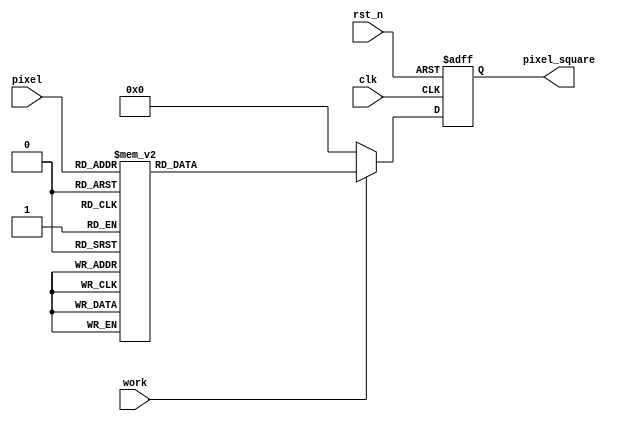
module square_LUT(rst_n,
				  clk,
				  work,
				  pixel,
				  pixel_square
					);
					
input        rst_n,clk    ;
input        work         ;
input  [7:0] pixel        ;
output [15:0] pixel_square;

reg    [15:0] pixel_square;

always @(posedge clk or negedge rst_n) begin
	if(!rst_n) begin
		pixel_square <= 16'd0;
	end
	else if(work) begin
		case(pixel)
			8'd0  : pixel_square <= 16'd0;
			8'd1  : pixel_square <= 16'd1;
			8'd2  : pixel_square <= 16'd4;
			8'd3  : pixel_square <= 16'd9;
			8'd4  : pixel_square <= 16'd16;
			8'd5  : pixel_square <= 16'd25;
			8'd6  : pixel_square <= 16'd36;
			8'd7  : pixel_square <= 16'd49;
			8'd8  : pixel_square <= 16'd64;
			8'd9  : pixel_square <= 16'd81;
			8'd10 : pixel_square <= 16'd100;
			8'd11 : pixel_square <= 16'd121;
			8'd12 : pixel_square <= 16'd144;
			8'd13 : pixel_square <= 16'd169;
			8'd14 : pixel_square <= 16'd196;
			8'd15 : pixel_square <= 16'd225;
			8'd16 : pixel_square <= 16'd256;
			8'd17 : pixel_square <= 16'd289;
			8'd18 : pixel_square <= 16'd324;
			8'd19 : pixel_square <= 16'd361;
			8'd20 : pixel_square <= 16'd400;
			8'd21 : pixel_square <= 16'd441;
			8'd22 : pixel_square <= 16'd484;
			8'd23 : pixel_square <= 16'd529;
			8'd24 : pixel_square <= 16'd576;
			8'd25 : pixel_square <= 16'd625;
			8'd26 : pixel_square <= 16'd676;
			8'd27 : pixel_square <= 16'd729;
			8'd28 : pixel_square <= 16'd784;
			8'd29 : pixel_square <= 16'd841;
			8'd30 : pixel_square <= 16'd900;
			8'd31 : pixel_square <= 16'd961;
			8'd32 : pixel_square <= 16'd1024 ;
			8'd33 : pixel_square <= 16'd1089 ;
			8'd34 : pixel_square <= 16'd1156 ;
			8'd35 : pixel_square <= 16'd1225 ;
			8'd36 : pixel_square <= 16'd1296 ;
			8'd37 : pixel_square <= 16'd1369 ;
			8'd38 : pixel_square <= 16'd1444 ;
			8'd39 : pixel_square <= 16'd1521 ;
			8'd40 : pixel_square <= 16'd1600 ;
			8'd41 : pixel_square <= 16'd1681 ;
			8'd42 : pixel_square <= 16'd1764 ;
			8'd43 : pixel_square <= 16'd1849 ;
			8'd44 : pixel_square <= 16'd1936 ;
			8'd45 : pixel_square <= 16'd2025 ;
			8'd46 : pixel_square <= 16'd2116 ;
			8'd47 : pixel_square <= 16'd2209 ;
			8'd48 : pixel_square <= 16'd2304 ;
			8'd49 : pixel_square <= 16'd2401 ;
			8'd50 : pixel_square <= 16'd2500 ;
			8'd51 : pixel_square <= 16'd2601 ;
			8'd52 : pixel_square <= 16'd2704 ;
			8'd53 : pixel_square <= 16'd2809 ;
			8'd54 : pixel_square <= 16'd2916 ;
			8'd55 : pixel_square <= 16'd3025 ;
			8'd56 : pixel_square <= 16'd3136 ;
			8'd57 : pixel_square <= 16'd3249 ;
			8'd58 : pixel_square <= 16'd3364 ;
			8'd59 : pixel_square <= 16'd3481 ;
			8'd60 : pixel_square <= 16'd3600 ;
			8'd61 : pixel_square <= 16'd3721 ;
			8'd62 : pixel_square <= 16'd3844 ;
			8'd63 : pixel_square <= 16'd3969 ;
			8'd64 : pixel_square <= 16'd4096 ;
			8'd65 : pixel_square <= 16'd4225 ;
			8'd66 : pixel_square <= 16'd4356 ;
			8'd67 : pixel_square <= 16'd4489 ;
			8'd68 : pixel_square <= 16'd4624 ;
			8'd69 : pixel_square <= 16'd4761 ;
			8'd70 : pixel_square <= 16'd4900 ;
			8'd71 : pixel_square <= 16'd5041 ;
			8'd72 : pixel_square <= 16'd5184 ;
			8'd73 : pixel_square <= 16'd5329 ;
			8'd74 : pixel_square <= 16'd5476 ;
			8'd75 : pixel_square <= 16'd5625 ;
			8'd76 : pixel_square <= 16'd5776 ;
			8'd77 : pixel_square <= 16'd5929 ;
			8'd78 : pixel_square <= 16'd6084 ;
			8'd79 : pixel_square <= 16'd6241 ;
			8'd80 : pixel_square <= 16'd6400 ;
			8'd81 : pixel_square <= 16'd6561 ;
			8'd82 : pixel_square <= 16'd6724 ;
			8'd83 : pixel_square <= 16'd6889 ;
			8'd84 : pixel_square <= 16'd7056 ;
			8'd85 : pixel_square <= 16'd7225 ;
			8'd86 : pixel_square <= 16'd7396 ;
			8'd87 : pixel_square <= 16'd7569 ;
			8'd88 : pixel_square <= 16'd7744 ;
			8'd89 : pixel_square <= 16'd7921 ;
			8'd90 : pixel_square <= 16'd8100 ;
			8'd91 : pixel_square <= 16'd8281 ;
			8'd92 : pixel_square <= 16'd8464 ;
			8'd93 : pixel_square <= 16'd8649 ;
			8'd94 : pixel_square <= 16'd8836 ;
			8'd95 : pixel_square <= 16'd9025 ;
			8'd96 : pixel_square <= 16'd9216 ;
			8'd97 : pixel_square <= 16'd9409 ;
			8'd98 : pixel_square <= 16'd9604 ;
			8'd99 : pixel_square <= 16'd9801 ;
			8'd100: pixel_square <= 16'd10000;
			8'd101: pixel_square <= 16'd10201;
			8'd102: pixel_square <= 16'd10404;
			8'd103: pixel_square <= 16'd10609;
			8'd104: pixel_square <= 16'd10816;
			8'd105: pixel_square <= 16'd11025;
			8'd106: pixel_square <= 16'd11236;
			8'd107: pixel_square <= 16'd11449;
			8'd108: pixel_square <= 16'd11664;
			8'd109: pixel_square <= 16'd11881;
			8'd110: pixel_square <= 16'd12100;
			8'd111: pixel_square <= 16'd12321;
			8'd112: pixel_square <= 16'd12544;
			8'd113: pixel_square <= 16'd12769;
			8'd114: pixel_square <= 16'd12996;
			8'd115: pixel_square <= 16'd13225;
			8'd116: pixel_square <= 16'd13456;
			8'd117: pixel_square <= 16'd13689;
			8'd118: pixel_square <= 16'd13924;
			8'd119: pixel_square <= 16'd14161;
			8'd120: pixel_square <= 16'd14400;
			8'd121: pixel_square <= 16'd14641;
			8'd122: pixel_square <= 16'd14884;
			8'd123: pixel_square <= 16'd15129;
			8'd124: pixel_square <= 16'd15376;
			8'd125: pixel_square <= 16'd15625;
			8'd126: pixel_square <= 16'd15876;
			8'd127: pixel_square <= 16'd16129;
			8'd128: pixel_square <= 16'd16384;
			8'd129: pixel_square <= 16'd16641;
			8'd130: pixel_square <= 16'd16900;
			8'd131: pixel_square <= 16'd17161;
			8'd132: pixel_square <= 16'd17424;
			8'd133: pixel_square <= 16'd17689;
			8'd134: pixel_square <= 16'd17956;
			8'd135: pixel_square <= 16'd18225;
			8'd136: pixel_square <= 16'd18496;
			8'd137: pixel_square <= 16'd18769;
			8'd138: pixel_square <= 16'd19044;
			8'd139: pixel_square <= 16'd19321;
			8'd140: pixel_square <= 16'd19600;
			8'd141: pixel_square <= 16'd19881;
			8'd142: pixel_square <= 16'd20164;
			8'd143: pixel_square <= 16'd20449;
			8'd144: pixel_square <= 16'd20736;
			8'd145: pixel_square <= 16'd21025;
			8'd146: pixel_square <= 16'd21316;
			8'd147: pixel_square <= 16'd21609;
			8'd148: pixel_square <= 16'd21904;
			8'd149: pixel_square <= 16'd22201;
			8'd150: pixel_square <= 16'd22500;
			8'd151: pixel_square <= 16'd22801;
			8'd152: pixel_square <= 16'd23104;
			8'd153: pixel_square <= 16'd23409;
			8'd154: pixel_square <= 16'd23716;
			8'd155: pixel_square <= 16'd24025;
			8'd156: pixel_square <= 16'd24336;
			8'd157: pixel_square <= 16'd24649;
			8'd158: pixel_square <= 16'd24964;
			8'd159: pixel_square <= 16'd25281;
			8'd160: pixel_square <= 16'd25600;
			8'd161: pixel_square <= 16'd25921;
			8'd162: pixel_square <= 16'd26244;
			8'd163: pixel_square <= 16'd26569;
			8'd164: pixel_square <= 16'd26896;
			8'd165: pixel_square <= 16'd27225;
			8'd166: pixel_square <= 16'd27556;
			8'd167: pixel_square <= 16'd27889;
			8'd168: pixel_square <= 16'd28224;
			8'd169: pixel_square <= 16'd28561;
			8'd170: pixel_square <= 16'd28900;
			8'd171: pixel_square <= 16'd29241;
			8'd172: pixel_square <= 16'd29584;
			8'd173: pixel_square <= 16'd29929;
			8'd174: pixel_square <= 16'd30276;
			8'd175: pixel_square <= 16'd30625;
			8'd176: pixel_square <= 16'd30976;
			8'd177: pixel_square <= 16'd31329;
			8'd178: pixel_square <= 16'd31684;
			8'd179: pixel_square <= 16'd32041;
			8'd180: pixel_square <= 16'd32400;
			8'd181: pixel_square <= 16'd32761;
			8'd182: pixel_square <= 16'd33124;
			8'd183: pixel_square <= 16'd33489;
			8'd184: pixel_square <= 16'd33856;
			8'd185: pixel_square <= 16'd34225;
			8'd186: pixel_square <= 16'd34596;
			8'd187: pixel_square <= 16'd34969;
			8'd188: pixel_square <= 16'd35344;
			8'd189: pixel_square <= 16'd35721;
			8'd190: pixel_square <= 16'd36100;
			8'd191: pixel_square <= 16'd36481;
			8'd192: pixel_square <= 16'd36864;
			8'd193: pixel_square <= 16'd37249;
			8'd194: pixel_square <= 16'd37636;
			8'd195: pixel_square <= 16'd38025;
			8'd196: pixel_square <= 16'd38416;
			8'd197: pixel_square <= 16'd38809;
			8'd198: pixel_square <= 16'd39204;
			8'd199: pixel_square <= 16'd39601;
			8'd200: pixel_square <= 16'd40000;
			8'd201: pixel_square <= 16'd40401;
			8'd202: pixel_square <= 16'd40804;
			8'd203: pixel_square <= 16'd41209;
			8'd204: pixel_square <= 16'd41616;
			8'd205: pixel_square <= 16'd42025;
			8'd206: pixel_square <= 16'd42436;
			8'd207: pixel_square <= 16'd42849;
			8'd208: pixel_square <= 16'd43264;
			8'd209: pixel_square <= 16'd43681;
			8'd210: pixel_square <= 16'd44100;
			8'd211: pixel_square <= 16'd44521;
			8'd212: pixel_square <= 16'd44944;
			8'd213: pixel_square <= 16'd45369;
			8'd214: pixel_square <= 16'd45796;
			8'd215: pixel_square <= 16'd46225;
			8'd216: pixel_square <= 16'd46656;
			8'd217: pixel_square <= 16'd47089;
			8'd218: pixel_square <= 16'd47524;
			8'd219: pixel_square <= 16'd47961;
			8'd220: pixel_square <= 16'd48400;
			8'd221: pixel_square <= 16'd48841;
			8'd222: pixel_square <= 16'd49284;
			8'd223: pixel_square <= 16'd49729;
			8'd224: pixel_square <= 16'd50176;
			8'd225: pixel_square <= 16'd50625;
			8'd226: pixel_square <= 16'd51076;
			8'd227: pixel_square <= 16'd51529;
			8'd228: pixel_square <= 16'd51984;
			8'd229: pixel_square <= 16'd52441;
			8'd230: pixel_square <= 16'd52900;
			8'd231: pixel_square <= 16'd53361;
			8'd232: pixel_square <= 16'd53824;
			8'd233: pixel_square <= 16'd54289;
			8'd234: pixel_square <= 16'd54756;
			8'd235: pixel_square <= 16'd55225;
			8'd236: pixel_square <= 16'd55696;
			8'd237: pixel_square <= 16'd56169;
			8'd238: pixel_square <= 16'd56644;
			8'd239: pixel_square <= 16'd57121;
			8'd240: pixel_square <= 16'd57600;
			8'd241: pixel_square <= 16'd58081;
			8'd242: pixel_square <= 16'd58564;
			8'd243: pixel_square <= 16'd59049;
			8'd244: pixel_square <= 16'd59536;
			8'd245: pixel_square <= 16'd60025;
			8'd246: pixel_square <= 16'd60516;
			8'd247: pixel_square <= 16'd61009;
			8'd248: pixel_square <= 16'd61504;
			8'd249: pixel_square <= 16'd62001;
			8'd250: pixel_square <= 16'd62500;
			8'd251: pixel_square <= 16'd63001;
			8'd252: pixel_square <= 16'd63504;
			8'd253: pixel_square <= 16'd64009;
			8'd254: pixel_square <= 16'd64516;
			8'd255: pixel_square <= 16'd65025;
			default:pixel_square <= 16'd0;
		endcase
	end
	else 
		pixel_square <= 0;
end

endmodule